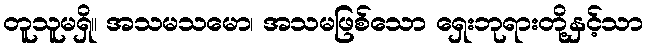
တူသူမရှိ။ အသမသမော၊ အသမဖြစ်သော ရှေးဘုရားတို့နှင့်သာ